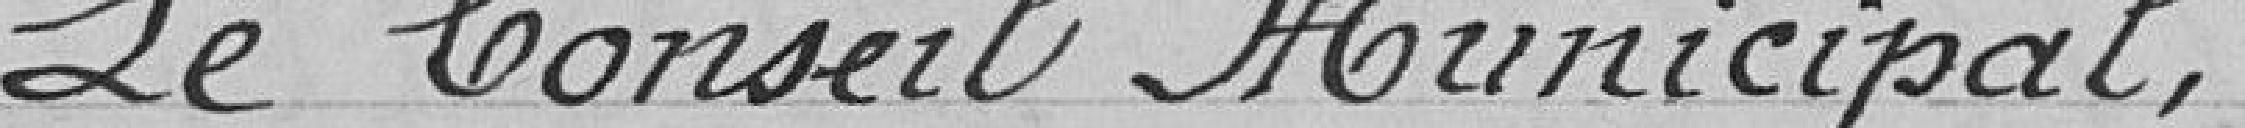
Le Conseil Municipal,